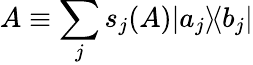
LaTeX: A\equiv\sum_{j}s_{j}(A)|a_{j}\rangle\! \langle b_{j}|